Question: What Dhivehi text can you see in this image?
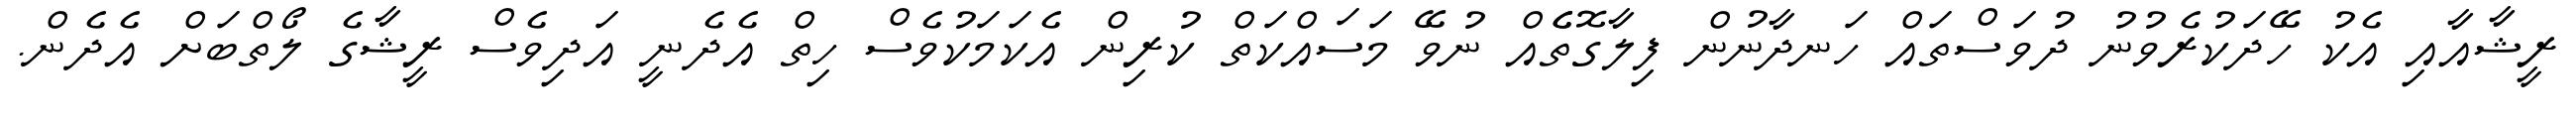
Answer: ރީޝާއާއި އެކު ހޭދަކުރެވުނު ދުވަސްތައް ހަނދާނުން ފިލާގޮތެެއް ނުވޭ މަސައްކަތް ކުރިން އެކަމަކުވެސް ހިތް އެދެނީ އަދިވެސް ރީޝާގެ ލޯތްބަށް އެދެން.